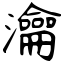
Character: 瀹